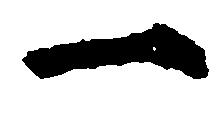
一